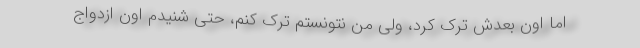
اما اون بعدش ترک کرد، ولی من نتونستم ترک کنم، حتی شنیدم اون ازدواج